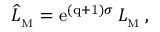
\widehat { \cal L } _ { _ \mathrm { M } } = \mathrm { e } ^ { { ( \mathrm { q + 1 ) } } \sigma } \, { \cal L } _ { _ \mathrm { M } } \, ,